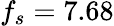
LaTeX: f_{s}=7.68